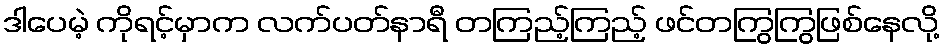
ဒါပေမဲ့ ကိုရင့်မှာက လက်ပတ်နာရီ တကြည့်ကြည့် ဖင်တကြွကြွဖြစ်နေလို့